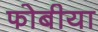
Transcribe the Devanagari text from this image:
फोबीया